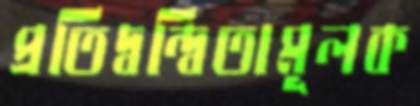
প্রতিদ্বন্দ্বিতামূলক